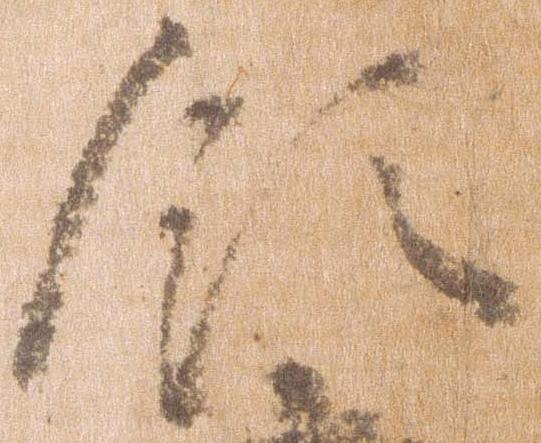
領